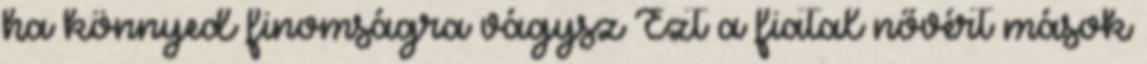
ha könnyed finomságra vágysz Ezt a fiatal nővért mások